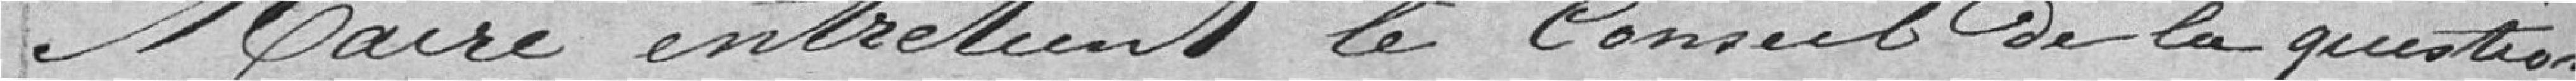
Maire entretient le Conseil de la question